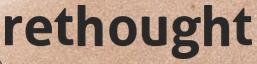
rethought